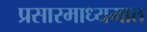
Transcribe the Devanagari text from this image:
प्रसारमाध्यमात